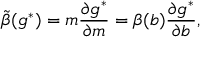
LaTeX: \tilde { \beta } ( g ^ { * } ) = m { \frac { \partial g ^ { * } } { \partial m } } = \beta ( b ) { \frac { \partial g ^ { * } } { \partial b } } ,